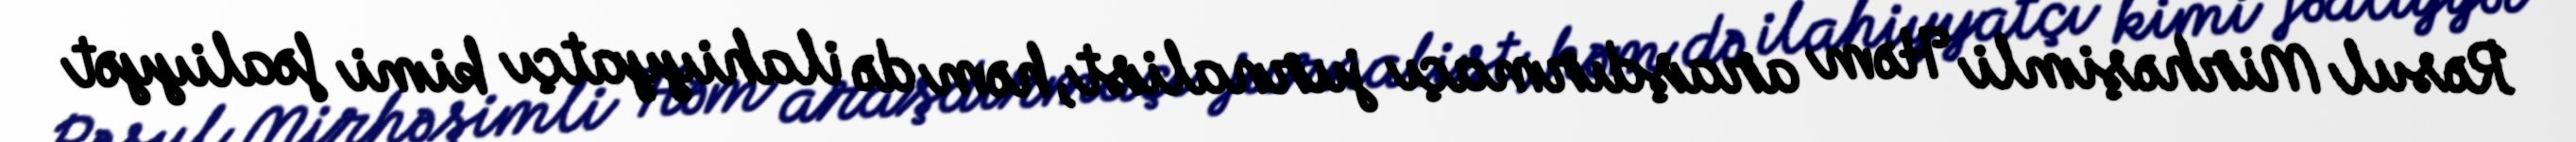
Rəsul Mirhəşimli Həm araşdırmaçı jurnalist, həm də ilahiyyatçı kimi fəaliyyət